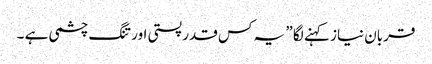
قربان نیاز کہنے لگا ” یہ کس قدر پستی اور تنگ چشمی ہے ۔